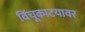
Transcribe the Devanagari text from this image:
विंचूकाटयावर